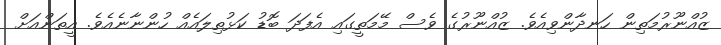
ޒުއްނޫރުމަތިން ހަނދާންވިއެވެ. ޒުއްނޫރުގެ ވެސް މޭމަތީގައި އެފަދަ ބޮޑު ކަޅުތިލައެއް ހުންނާނެއެވެ. އީތަންއަށް